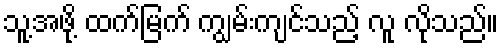
သူ့အဖို့ ထက်မြက် ကျွမ်းကျင်သည့် လူ လိုသည်။